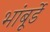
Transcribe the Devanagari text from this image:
भांबूर्डे